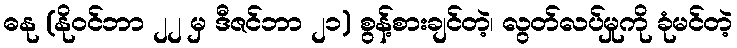
ဓနု (နိုဝင်ဘာ ၂၂ မှ ဒီဇင်ဘာ ၂၁) စွန့်စားချင်တဲ့၊ လွတ်လပ်မှုကို ခုံမင်တဲ့